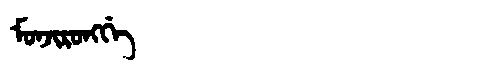
Manchu: ᠮᠣᠨᠵᡳᡵᠣᠩᡤᡝ
Romanization: MONJIRONGGE